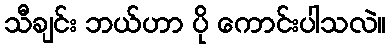
သီချင်း ဘယ်ဟာ ပို ကောင်းပါသလဲ။